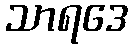
သာရဒေ